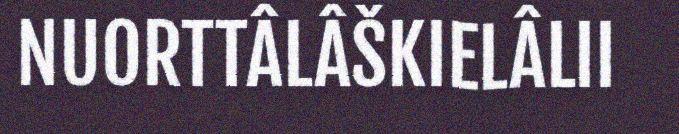
NUORTTÂLÂŠKIELÂLII